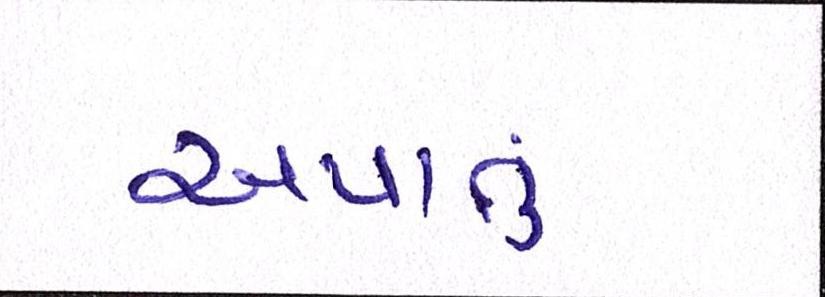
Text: અપાતું